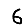
Digit: 6